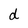
Character: d